Annual administration report of the Civil Veterinary Department, Sind - 1945-1946
Year: 1945
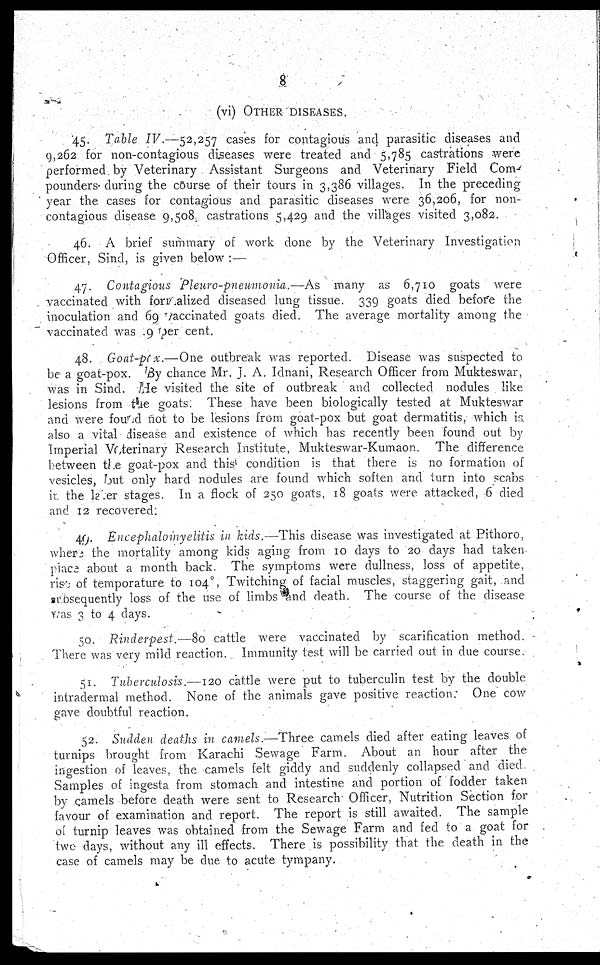
8
(vi) OTHER DISEASES.
45. Table IV.—52,257 cases for contagious and parasitic diseases and
9,262 for non-contagious diseases were treated and 5,785 castrations were
performed by Veterinary Assistant Surgeons and Veterinary Field Com-
pounders- during the course of their tours in 3,386 villages. In the preceding
year the cases for contagious and parasitic diseases were 36,206, for non-
contagious disease 9,508 castrations 5,429 and the villages visited 3,082.
46. A brief summary of work done by the Veterinary Investigation
Officer, Sind, is given below :—
47. Contagious Pleuvo-pneumonia.—As
many as 6,710 goats were
vaccinated with for alized diseased lung tissue. 339 goats died before the
inoculation and 69 vaccinated goats died. The average mortality among the
vaccinated was 9 per cent.
48. Goat-pox.—One outbreak was reported. Disease was suspected to
be a goat-pox. By chance Mr. J. A. Idnani, Research Officer from Mukteswar,
was in Sind. He visited the site of outbreak and collected nodules like
lesions from the goats. These have been biologically tested at Mukteswar
and were found not to be lesions from goat-pox but goat dermatitis, which is
also a vital disease and existence of which has recently been found out by
Imperial Veterinary Research Institute, Mukteswar-Kumaon. The difference
between the goat-pox and this condition is that there is no formation of
vesicles, but only hard nodules are found which soften and turn into scabs
in the later stages. In a flock of 250 goats, 18 goats were attacked, 6 died
and 12 recovered:
49. Encephalomyelitis in kids.—This disease was investigated at Pithoro,
where the mortality among kids aging from 10 days to 20 days had taken
place about a month back. The symptoms were dullness, loss of appetite
rise of temperature to 104º, Twitching of facial muscles, staggering gait, and
subsequently loss of the use of limbs and death. The course of the disease
was 3 to 4 days.
50. Rinderpest.—80 cattle were vaccinated by scarification method.
There was very mild reaction. Immunity test will be carried out in due course.
51. Tuberculosis.—120 cattle were put to tuberculin test by the double
intradermal method. None of the animals gave positive reaction
One cow
gave doubtful reaction.
52. Sudden deaths in camels.—Three camels died after eating leaves of
turnips brought from Karachi Sewage Farm. About an hour after the
ingestion of leaves, the camels felt giddy and suddenly collapsed and died.
Samples of ingesta from stomach and intestine and portion of fodder taken
by camels before death were sent to Research. Officer, Nutrition Section for
favour of examination and report. The report is still awaited. The sample
of turnip leaves was obtained from the Sewage Farm and fed to a goat for
two days, without any ill effects. There is possibility that the death in the
case of camels may be due to acute tympany.